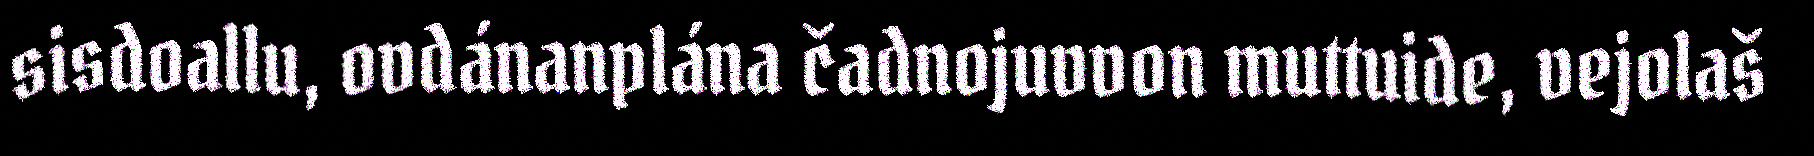
sisdoallu, ovdánanplána čadnojuvvon muttuide, vejolaš